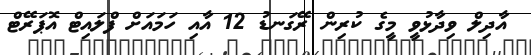
އާދިލް ވިދާޅުވީ މީގެ ކުރިން ރޭގަނޑު 12 އާއި ހަމައަށް ފްލައިޓް އޮޕަރޭޓް